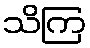
သိကြ